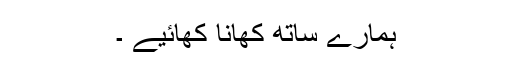
ہمارے ساتھ کھانا کھائیے ۔